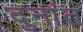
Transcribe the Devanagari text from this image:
दुनांत